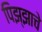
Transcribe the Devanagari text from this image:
पिझ्झाचे